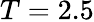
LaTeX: T=2.5